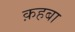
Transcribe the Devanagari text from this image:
क़हबा